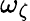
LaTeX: \omega_{\zeta}